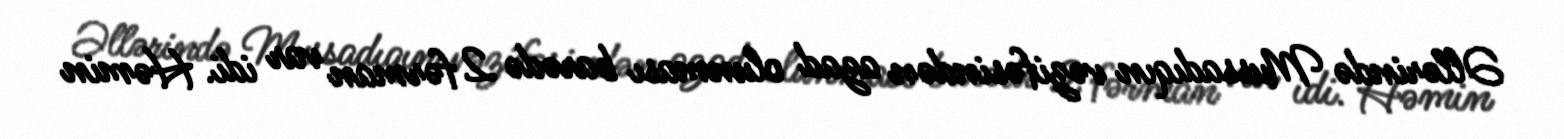
Əllərində Mussadıqın vəzifəsindən azad olunması barədə 2 fərman var idi. Həmin